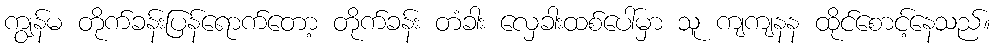
ကျွန်မ တိုက်ခန်းပြန်ရောက်တော့ တိုက်ခန်း တံခါး လှေခါးထစ်ပေါ်မှာ သူ ကျကျနန ထိုင်စောင့်နေသည်။